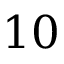
1 0